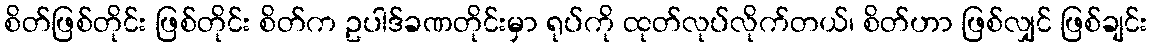
စိတ်ဖြစ်တိုင်း ဖြစ်တိုင်း စိတ်က ဥပါဒ်ခဏတိုင်းမှာ ရုပ်ကို ထုတ်လုပ်လိုက်တယ်၊ စိတ်ဟာ ဖြစ်လျှင် ဖြစ်ချင်း